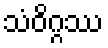
သံဝိဂ္ဂဿ